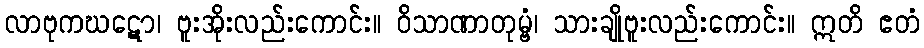
လာဗုကဃဋော၊ ဗူးအိုးလည်းကောင်း။ ဝိသာဏာတုမ္ဗံ၊ သားချိုဗူးလည်းကောင်း။ ဣတိ ဧတံ